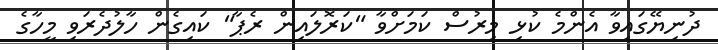
ދުނިޔޭގައިވާ އެންމެ ކުޅި މިރުސް ކަމަށްވާ "ކަރޮލައިން ރެޕާ" ކައިގެން ހާލުދެރަަވި މީހާގެ